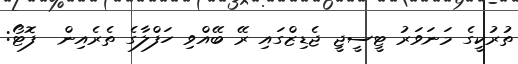
ތުރުކީގެ މަނަވަރު ޓީސީޖީ ޖެޑިޒްގައި ރޭ ބޭއްވި ހަފްލާގެ ތެރެއިން  ފޮޓޯ: